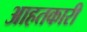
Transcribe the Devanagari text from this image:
आहतकारी